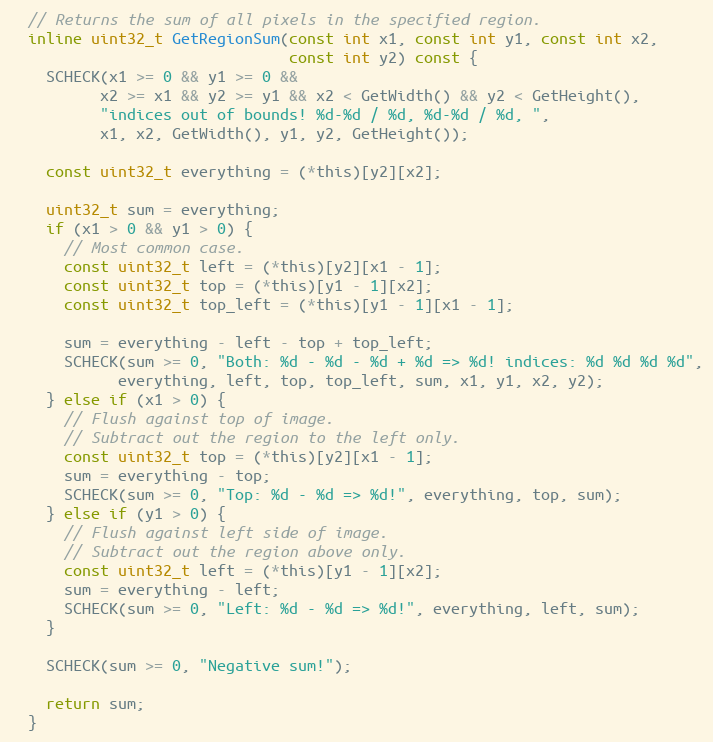
Language: C
  // Returns the sum of all pixels in the specified region.
  inline uint32_t GetRegionSum(const int x1, const int y1, const int x2,
                               const int y2) const {
    SCHECK(x1 >= 0 && y1 >= 0 &&
          x2 >= x1 && y2 >= y1 && x2 < GetWidth() && y2 < GetHeight(),
          "indices out of bounds! %d-%d / %d, %d-%d / %d, ",
          x1, x2, GetWidth(), y1, y2, GetHeight());

    const uint32_t everything = (*this)[y2][x2];

    uint32_t sum = everything;
    if (x1 > 0 && y1 > 0) {
      // Most common case.
      const uint32_t left = (*this)[y2][x1 - 1];
      const uint32_t top = (*this)[y1 - 1][x2];
      const uint32_t top_left = (*this)[y1 - 1][x1 - 1];

      sum = everything - left - top + top_left;
      SCHECK(sum >= 0, "Both: %d - %d - %d + %d => %d! indices: %d %d %d %d",
            everything, left, top, top_left, sum, x1, y1, x2, y2);
    } else if (x1 > 0) {
      // Flush against top of image.
      // Subtract out the region to the left only.
      const uint32_t top = (*this)[y2][x1 - 1];
      sum = everything - top;
      SCHECK(sum >= 0, "Top: %d - %d => %d!", everything, top, sum);
    } else if (y1 > 0) {
      // Flush against left side of image.
      // Subtract out the region above only.
      const uint32_t left = (*this)[y1 - 1][x2];
      sum = everything - left;
      SCHECK(sum >= 0, "Left: %d - %d => %d!", everything, left, sum);
    }

    SCHECK(sum >= 0, "Negative sum!");

    return sum;
  }